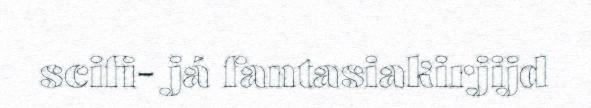
scifi- já fantasiakirjijd